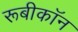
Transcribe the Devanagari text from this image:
रूबीकॉन